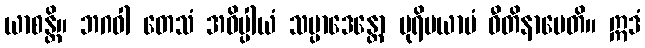
ယာစန္တိ။ ဘဂဝါ တေသံ အဓိပ္ပါယံ သမ္ပာဒေန္တော ပုရိမယာမံ ဝီတိနာမေတိ။ ဣဒံ